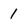
Character: 1